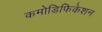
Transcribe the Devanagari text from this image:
कमोडिफिकेशन